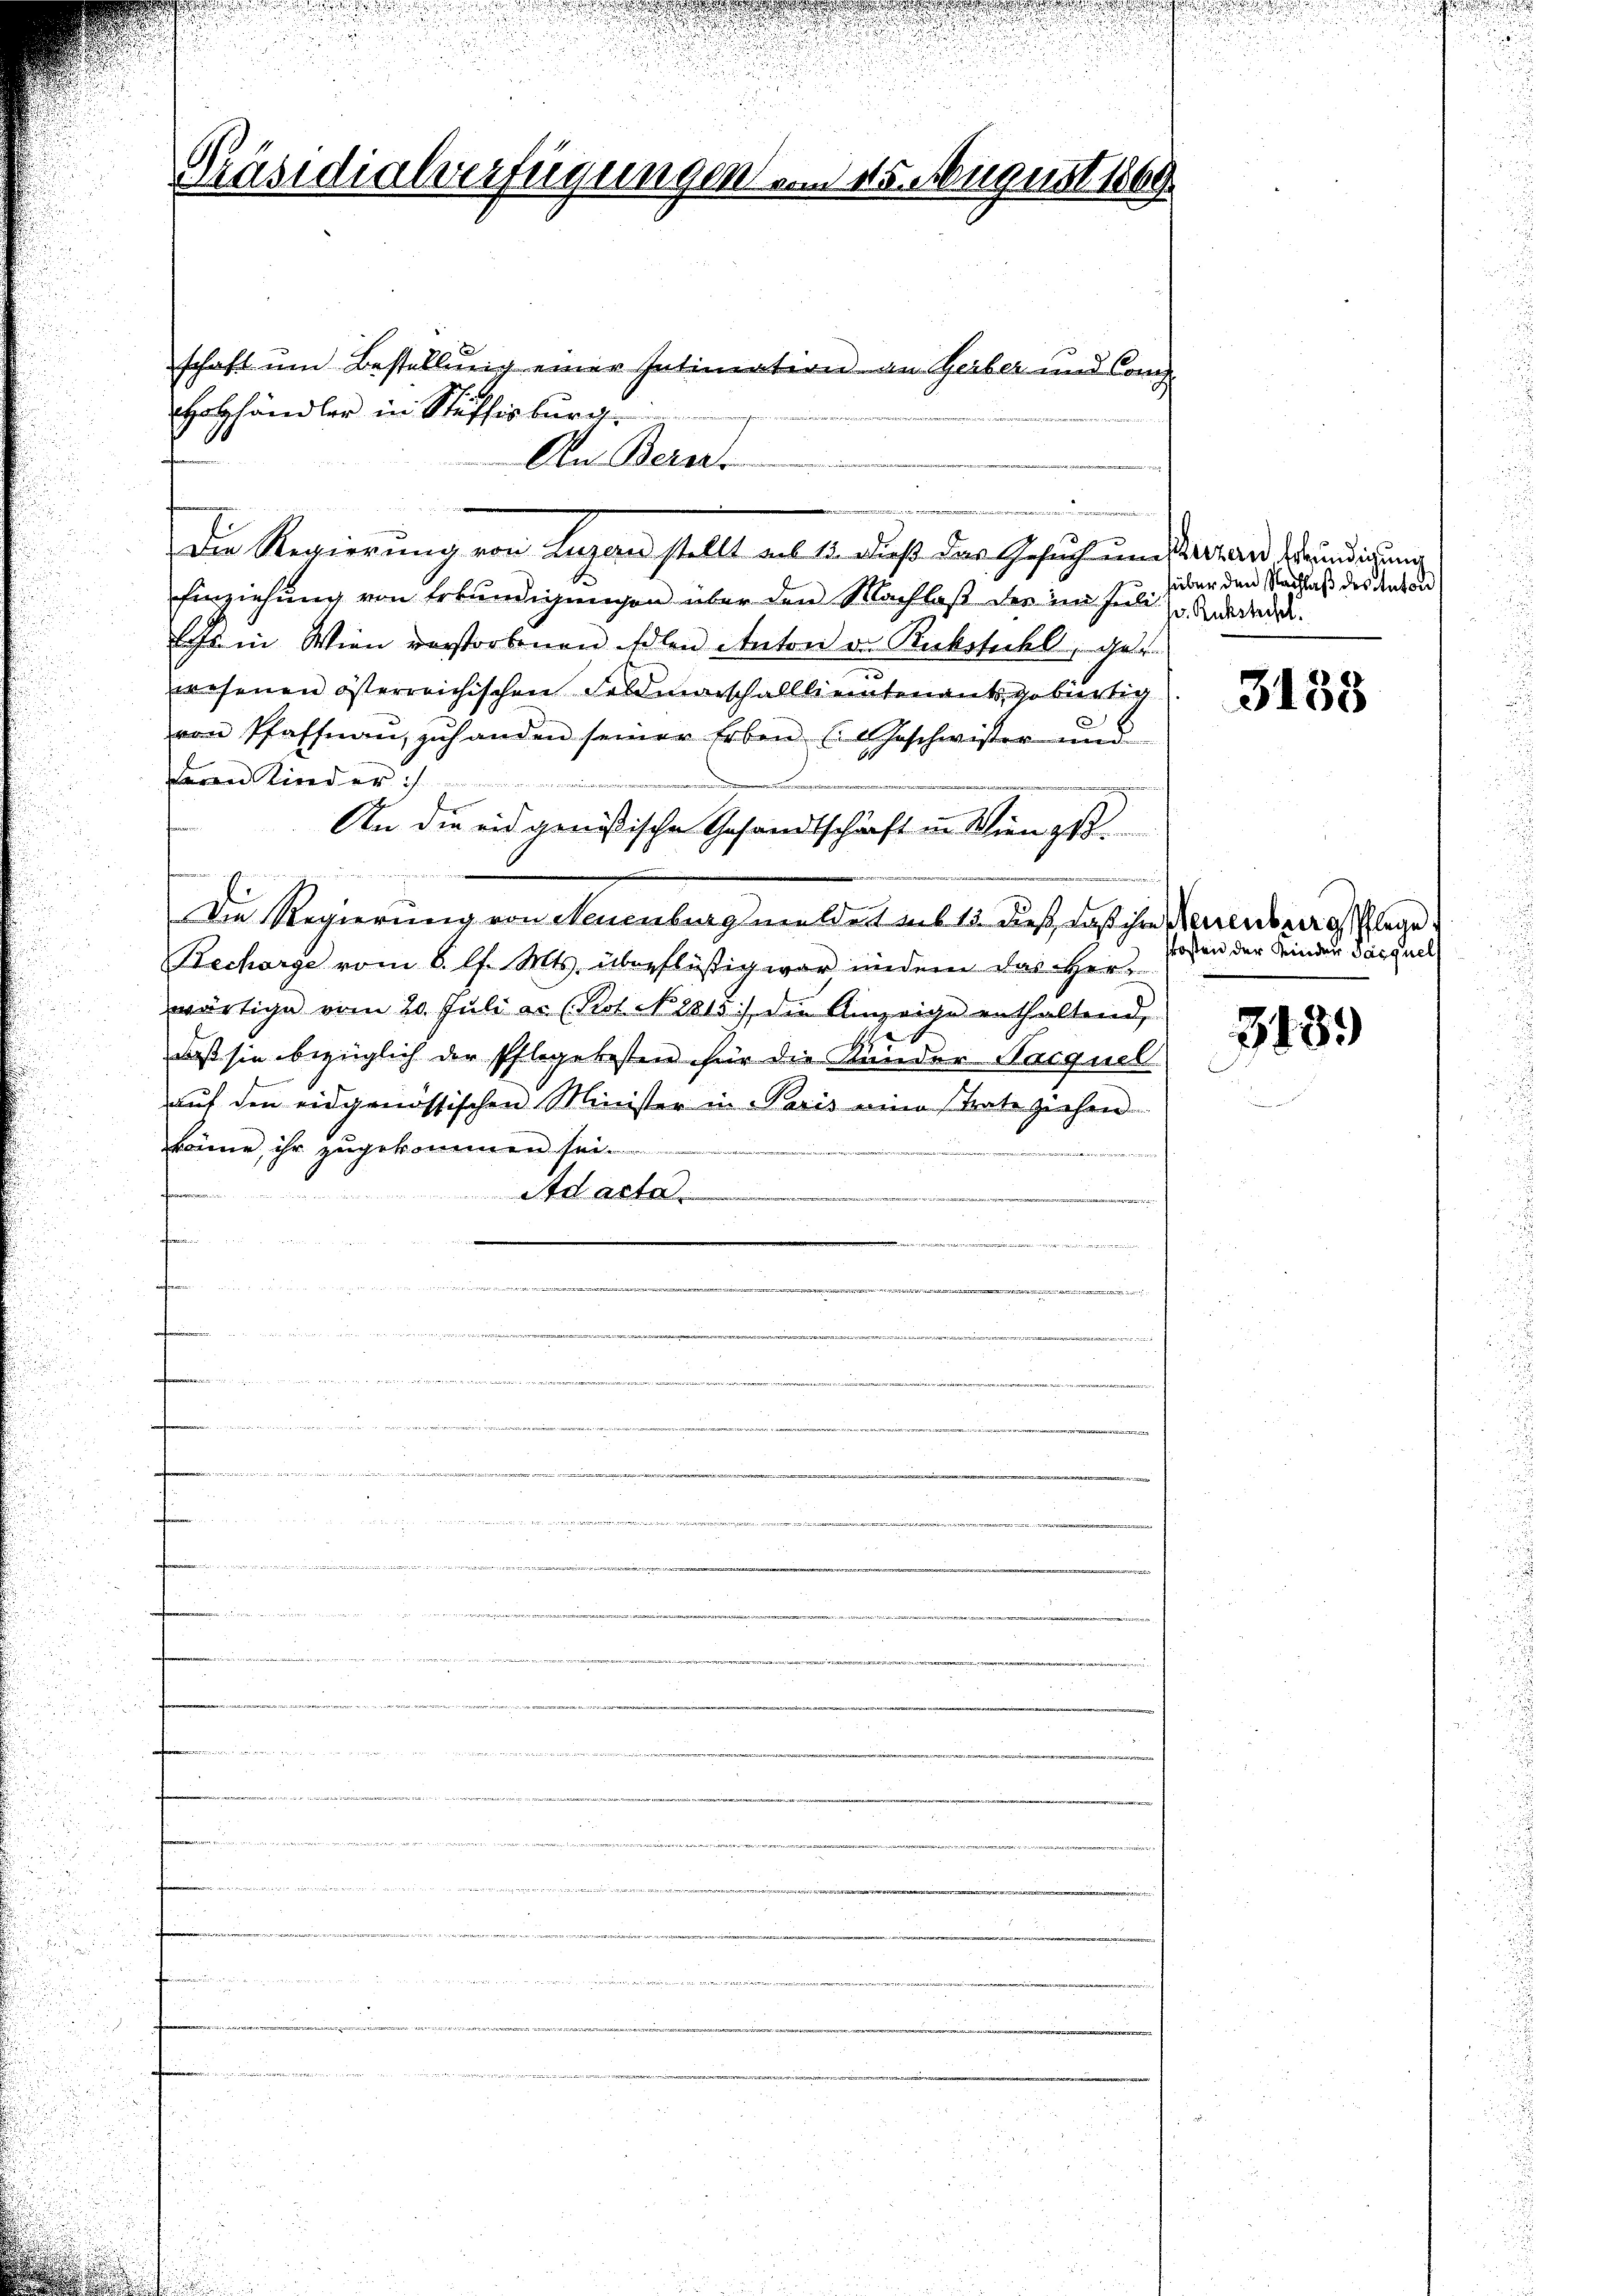
schaft um Bestellung einer Intimation an Gerber und Conf
HHolzhändler in Stüffisburg.
An Berner
Die Regierung von Lugan stellt auf 1. dieß das Gesuch und Verand Venedigung
Einziehung von Erkundigungen über den Nachlaß der im Juli zu Ander.
fe in Wien vorstorbenen Edlen Anton od. Ruckstechl ge
wesenen österreichischen Feldmarschalllientenantsgebürtig
von Pfaffnaŭ zŭ handen seiner Erben (Geschwister und
feren Kinder
An die und genössische Gesandtschäft in Wien gest
Die Regierung von Neuenburg meldet sub 15. dieß, daß ihre Neuenburg schlege
Recharge vom 6. l. Mts. überflüßig war, indem das Herwärtige vom 20. Juli er (Kot. N. 2815) die Anzeige enthaltend,
19
daß sie bezüglich der Pflegebesten für die Minder Nacquel
auf den eidgenössischen Minister in Paris eine tate ziehen
könne, ihr zugekommen sei.

fammen
Ad acta
erfen.
u
fen
n
f
r

u
n
n
hi in die einen in den Berner Weigen er vernommenen
, in der
edenen wenn erwiesen in einen dar

e

e
.
n
nunterli
 die e
en
u
 ernennen

Präsidialverfügungen von von August 1869

hüber den Nachlaß des Anton

3133

kosten der Kinder Parquell

3489